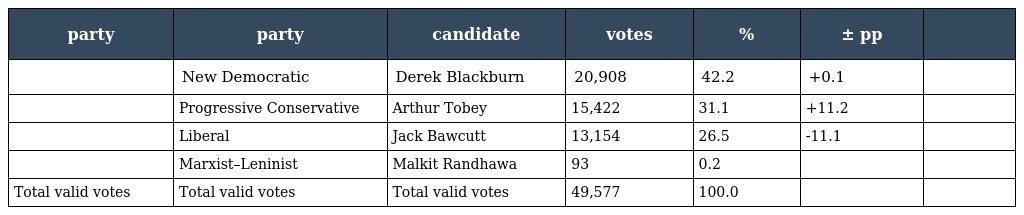
| party | party | candidate | votes | % | ± pp |  |
 | --- | --- | --- | --- | --- | --- | --- |
 |  | New Democratic | Derek Blackburn | 20,908 | 42.2 | +0.1 |  |
 |  | Progressive Conservative | Arthur Tobey | 15,422 | 31.1 | +11.2 |  |
 |  | Liberal | Jack Bawcutt | 13,154 | 26.5 | -11.1 |  |
 |  | Marxist–Leninist | Malkit Randhawa | 93 | 0.2 |  |  |
 | Total valid votes | Total valid votes | Total valid votes | 49,577 | 100.0 |  |  |